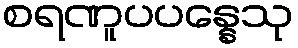
စရဏူပပန္နေသု